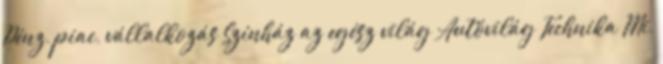
Pénz, piac, vállalkozás Színház az egész világ Autóvilág–Technika Mi,